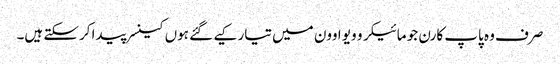
صرف وہ پاپ کارن جو مائیکرو ویو اوون میں تیار کیے گئے ہوں کینسر پیدا کرسکتے ہیں۔